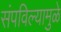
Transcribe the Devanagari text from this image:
संपविल्यामुळे